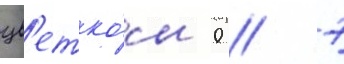
цв'етко́м 0 / 7